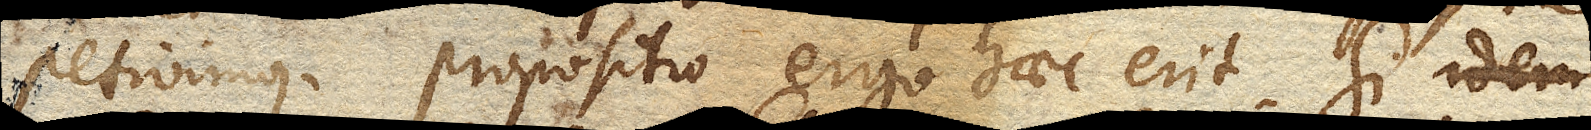
petivimus. Propositio ergo haec erit. Si idem